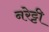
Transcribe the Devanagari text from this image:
नरेट्टी